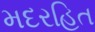
મદરહિત